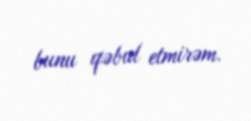
bunu qəbul etmirəm.